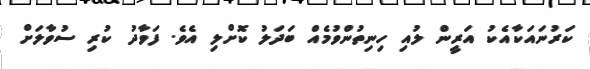
ކަރުނައަކާއެކު އަރީން ލުއި ހިނިތުންވުމެއް ބަދަލު ކޮށްލި އެވެ. ފަވާދު ކުރި ސުވާލަށް